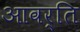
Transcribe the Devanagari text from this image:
आवर्ति